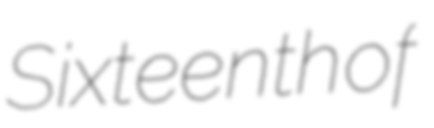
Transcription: Sixteenth of